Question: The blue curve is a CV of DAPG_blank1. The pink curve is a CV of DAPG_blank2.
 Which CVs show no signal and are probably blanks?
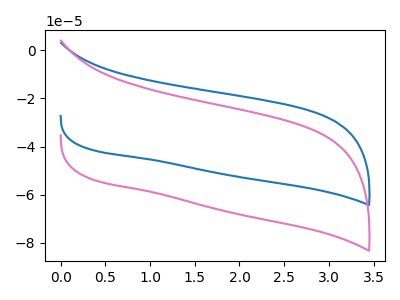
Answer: <think>The blue curve "DAPG_blank1" has no peaks. The pink curve "DAPG_blank2" has no peaks.</think>
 <answer>"DAPG_blank1" and "DAPG_blank2" are likely to be blanks.</answer>
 <eval>"DAPG_blank1", "DAPG_blank2"</eval>